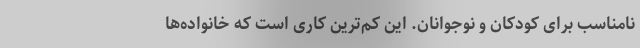
نامناسب برای کودکان و نوجوانان. این کم‌ترین کاری است که خانواده‌ها